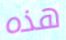
هذه